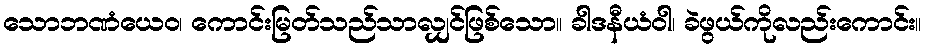
သောဘဏံယေဝ၊ ကောင်းမြတ်သည်သာလျှင်ဖြစ်သော။ ခါဒနီယံဝါ၊ ခဲဖွယ်ကိုလည်းကောင်း။